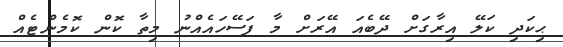
ޙިކަދި ކަލޭ އިރާގަށް ދޭބެއަ އޭރަށް މާ ފަސޭހައެއްނު މިތާ ކޮން ކޮމެންޓެއް